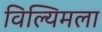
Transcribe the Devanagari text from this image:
विल्यिमला